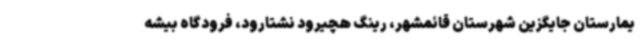
یمارستان جایگزین شهرستان قائمشهر، رینگ هچیرود نشتارود، فرودگاه بیشه